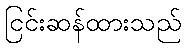
ငြင်းဆန်ထားသည်